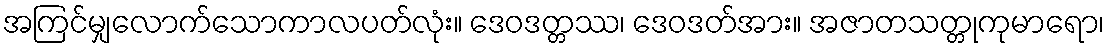
အကြင်မျှလောက်သောကာလပတ်လုံး။ ဒေဝဒတ္တဿ၊ ဒေဝဒတ်အား။ အဇာတသတ္တုကုမာရော၊